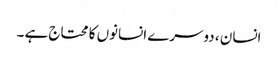
انسان ، دوسرے انسانوں کا محتاج ہے ۔